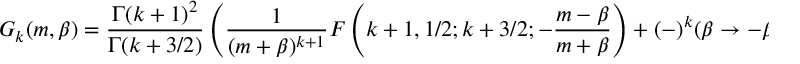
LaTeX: G _ { k } ( m , \beta ) = \frac { \Gamma ( k + 1 ) ^ { 2 } } { \Gamma ( k + 3 / 2 ) } \left( \frac { 1 } { ( m + \beta ) ^ { k + 1 } } F \left( k + 1 , 1 / 2 ; k + 3 / 2 ; - \frac { m - \beta } { m + \beta } \right) + ( - ) ^ { k } ( \beta \rightarrow - \beta ) \right) ,